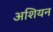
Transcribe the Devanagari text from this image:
अशियन